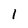
Character: l